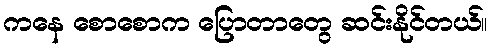
ကနေ စောစောက ပြောတာတွေ ဆင်းနိုင်တယ်။